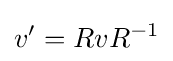
v'=RvR^{-1}